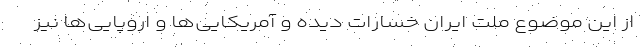
از این موضوع ملت ایران خسارات دیده و آمریکایی‌ها و اروپایی‌ها نیز